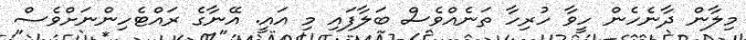
މިލާން ދާނެހެން ހީވާ ހުރިހާ ތަނެއްވެސް ބަލާފައި މި އައީ. އޭނާގެ ރައްޓެހިންނަށްވެސް